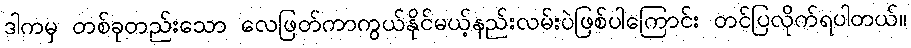
ဒါကမှ တစ်ခုတည်းသော လေဖြတ်ကာကွယ်နိုင်မယ့်နည်းလမ်းပဲဖြစ်ပါကြောင်း တင်ပြလိုက်ရပါတယ်။